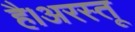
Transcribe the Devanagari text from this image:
है।अरस्तू